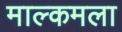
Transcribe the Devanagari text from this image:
माल्कमला